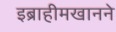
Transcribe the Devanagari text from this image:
इब्राहीमखानने